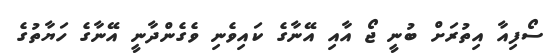
ސޯފިއާ އިތުރަށް ބުނީ ޖޯ އާއި އޭނާގެ ކައިވެނި ވެގެންދާނީ އޭނާގެ ހަޔާތުގެ